Civil Veterinary Dept. Assam report 1911-1927 - 1911-1927
Year: 1911
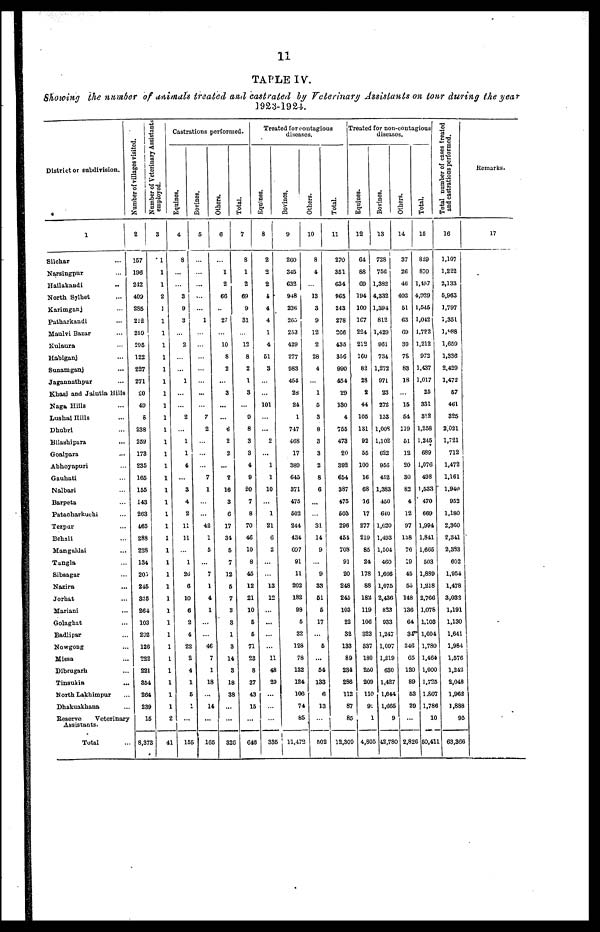
11
TABLE IV.
Showing the number of animals treated and castrated by Veterinary Assistants on tour during the year
1923-192-4.
District or subdivision.
1
Silchar ...
Narsingpur
...
Hailakandi ...
North Sylhet ...
Karimganj ...
Patharkandi ...
Maulvi Bazar...
Kulaura ...
Habiganj ...
Sunamganj ...
Jagannathpur ...
Khasi and Jaintia Hills
Naga Hills ...
Lushai Hills ...
Dhubri ...
Bilashipara ...
Goalpara ...
Abhoyapuri ...
Gauhati ...
Nalbari ...
Barpeta ...
Patacharkuchi ...
Tezpur ...
Behali ...
Mangaldai ...
Tangla ...
Sibsagar ...
Nazira ...
Jorhat ...
Mariani ...
Golaghat ...
Badlipar ...
Nowgong...
Missa ...
Dibrugarh ...
Tinsukia ...
North Lakhimpur ...
Dhakuakhana ...
Reserve
Veterinary
Assistants.
Total ...
Number of villages visited.
2
157
196
212
409
285
212
250
295
122
227
271
20
49
6
238
Number of Veterinary Assistants
employed.
259
173
235
165
155
143
263
465
288
228
134
203
245
325
264
103
292
126
222
221
354
264
239
15
8,373
3
1
1
1
2
1
1
1
1
1
1
1
1
1
1
1
1
1
1
1
1
1
1
1
1
1
1
1
1
1
1
1
1
1
1
1
1
1
1
2
41
Castrations performed.
Equines.
4
8
...
...
3
9
3
...
2
...
...
1
...
...
2
1
1
4
...
3
4
2
11
11
...
1
26
6
10
6
2
4
22
2
4
1
5
1
...
155
Bovines.
5
...
...
...
...
...
1
...
...
...
...
...
...
...
7
2
...
...
...
7
1
...
...
42
1
5
...
7
1
4
1
...
...
46
7
1
18
...
14
...
165
Others.
6
...
1
2
66
...
27
...
10
8
2
...
3
...
6
2
2
...
2
16
3
6
17
34
5
7
12
5
7
3
3
1
3
14
3
18
38
...
320
Total.
7
8
1
2
69
9
31
...
12
8
2
1
3
...
9
8
3
3
4
9
20
7
8
70
46
10
8
45
12
21
10
5
5
71
23
8
37
43
15
...
616
Treated for contagious
diseases.
Equines.
8
2
2
2
1
4
4
1
4
51
3
...
...
101
...
2
...
1
1
10
...
1
21
6
2
...
...
13
12
...
...
...
...
11
48
29
...
...
...
335
Bovines.
9
260
345
632
948
236
265
253
429
277
983
454
28
24
1
747
468
17
389
645
371
475
502
244
434
697
91
11
202
182
98
5
32
128
78
132
124
106
74
85
11,472
Others.
10
8
4
...
13
3
9
12
2
28
4
...
1
5
3
8
3
3
2
8
6
...
...
31
14
9
...
9
33
51
5
17
...
5
...
54
133
6
13
...
502
Total.
11
270
351
634
965
243
278
266
435
356
990
454
29
130
4
755
473
20
392
654
387
475
503
296
454
708
91
20
248
245
103
22
32
133
89
234
286
112
87
85
12,309
Treated for non-contagious
diseases.
Equines.
12
64
88
69
194
100
107
224
212
160
82
28
2
44
105
131
92
55
100
16
68
16
17
277
210
85
24
178
88
182
119
106
323
337
180
250
209
110
92
1
4,80
Bovines.
13
728
756
1,382
4,332
1,394
812
1,429
961
734
1,272
971
23
272
153
1,008
1,102
622
956
452
1,383
450
640
1,620
1,493
1,504
460
1,666
1,075
2,436
823
933
1,247
1,097
1,219
630
1,427
1,644
1,665
9
5 42,780
Others.
14
37
26
46
403
51
63
69
39
7S
83
18
...
15
54
119
51
12
20
30
82
4
12
97
138
76
19
45
55
148
136
64
34
346
65
120
89
53
29
2,82
Total.
15
829
870
1,497
4,929
1,545
1,042
1,722
1,212
972
1,437
1,017
25
331
312
1,258
1.245
689
1,076
498
1,533
470
669
1,994
1,841
1,665
503
1,889
1,218
2,766
1,078
1,103
1,604
1,780
1,464
1,000
1,725
1.807
1,786
10
50,411
Total number of cases treated
and castrations performed.
16
1,107
1,222
2,133
5,963
1,797
1,351
1,988
1,659
1,336
2,429
1,472
57
461
325
2,021
1,721
712
1,472
1,161
1.940
952
1,180
2,360
2,341
2,383
602
1,954
1,478
3,032
1,191
1,130
1,641
1,984
1,576
1,242
2,048
1,962
1,888
95
63,366
Remarks.
17